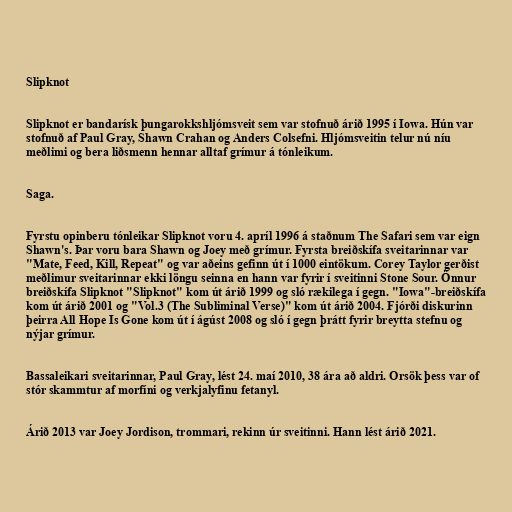
Slipknot

Slipknot er bandarísk þungarokkshljómsveit sem var stofnuð árið 1995 í Iowa. Hún var
stofnuð af Paul Gray, Shawn Crahan og Anders Colsefni. Hljómsveitin telur nú níu
meðlimi og bera liðsmenn hennar alltaf grímur á tónleikum.

Saga.

Fyrstu opinberu tónleikar Slipknot voru 4. apríl 1996 á staðnum The Safari sem var eign
Shawn's. Þar voru bara Shawn og Joey með grímur. Fyrsta breiðskífa sveitarinnar var
"Mate, Feed, Kill, Repeat" og var aðeins gefinn út í 1000 eintökum. Corey Taylor gerðist
meðlimur sveitarinnar ekki löngu seinna en hann var fyrir í sveitinni Stone Sour. Önnur
breiðskífa Slipknot "Slipknot" kom út árið 1999 og sló rækilega í gegn. "Iowa"-breiðskífa
kom út árið 2001 og "Vol.3 (The Subliminal Verse)" kom út árið 2004. Fjórði diskurinn
þeirra All Hope Is Gone kom út í ágúst 2008 og sló í gegn þrátt fyrir breytta stefnu og
nýjar grímur.

Bassaleikari sveitarinnar, Paul Gray, lést 24. maí 2010, 38 ára að aldri. Orsök þess var of
stór skammtur af morfíni og verkjalyfinu fetanyl.

Árið 2013 var Joey Jordison, trommari, rekinn úr sveitinni. Hann lést árið 2021.